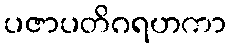
ပဇာပတိဂရဟကာ